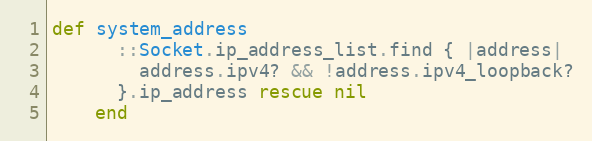
Language: Ruby
def system_address
      ::Socket.ip_address_list.find { |address|
        address.ipv4? && !address.ipv4_loopback?
      }.ip_address rescue nil
    end